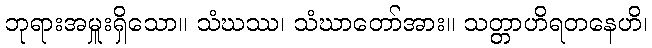
ဘုရားအမှူးရှိသော။ သံဃဿ၊ သံဃာတော်အား။ သတ္တာဟိရတနေဟိ၊